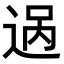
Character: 𬨨